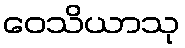
ဝေသိယာသု